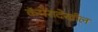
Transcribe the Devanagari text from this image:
कॅमेरादेखील